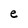
Character: e